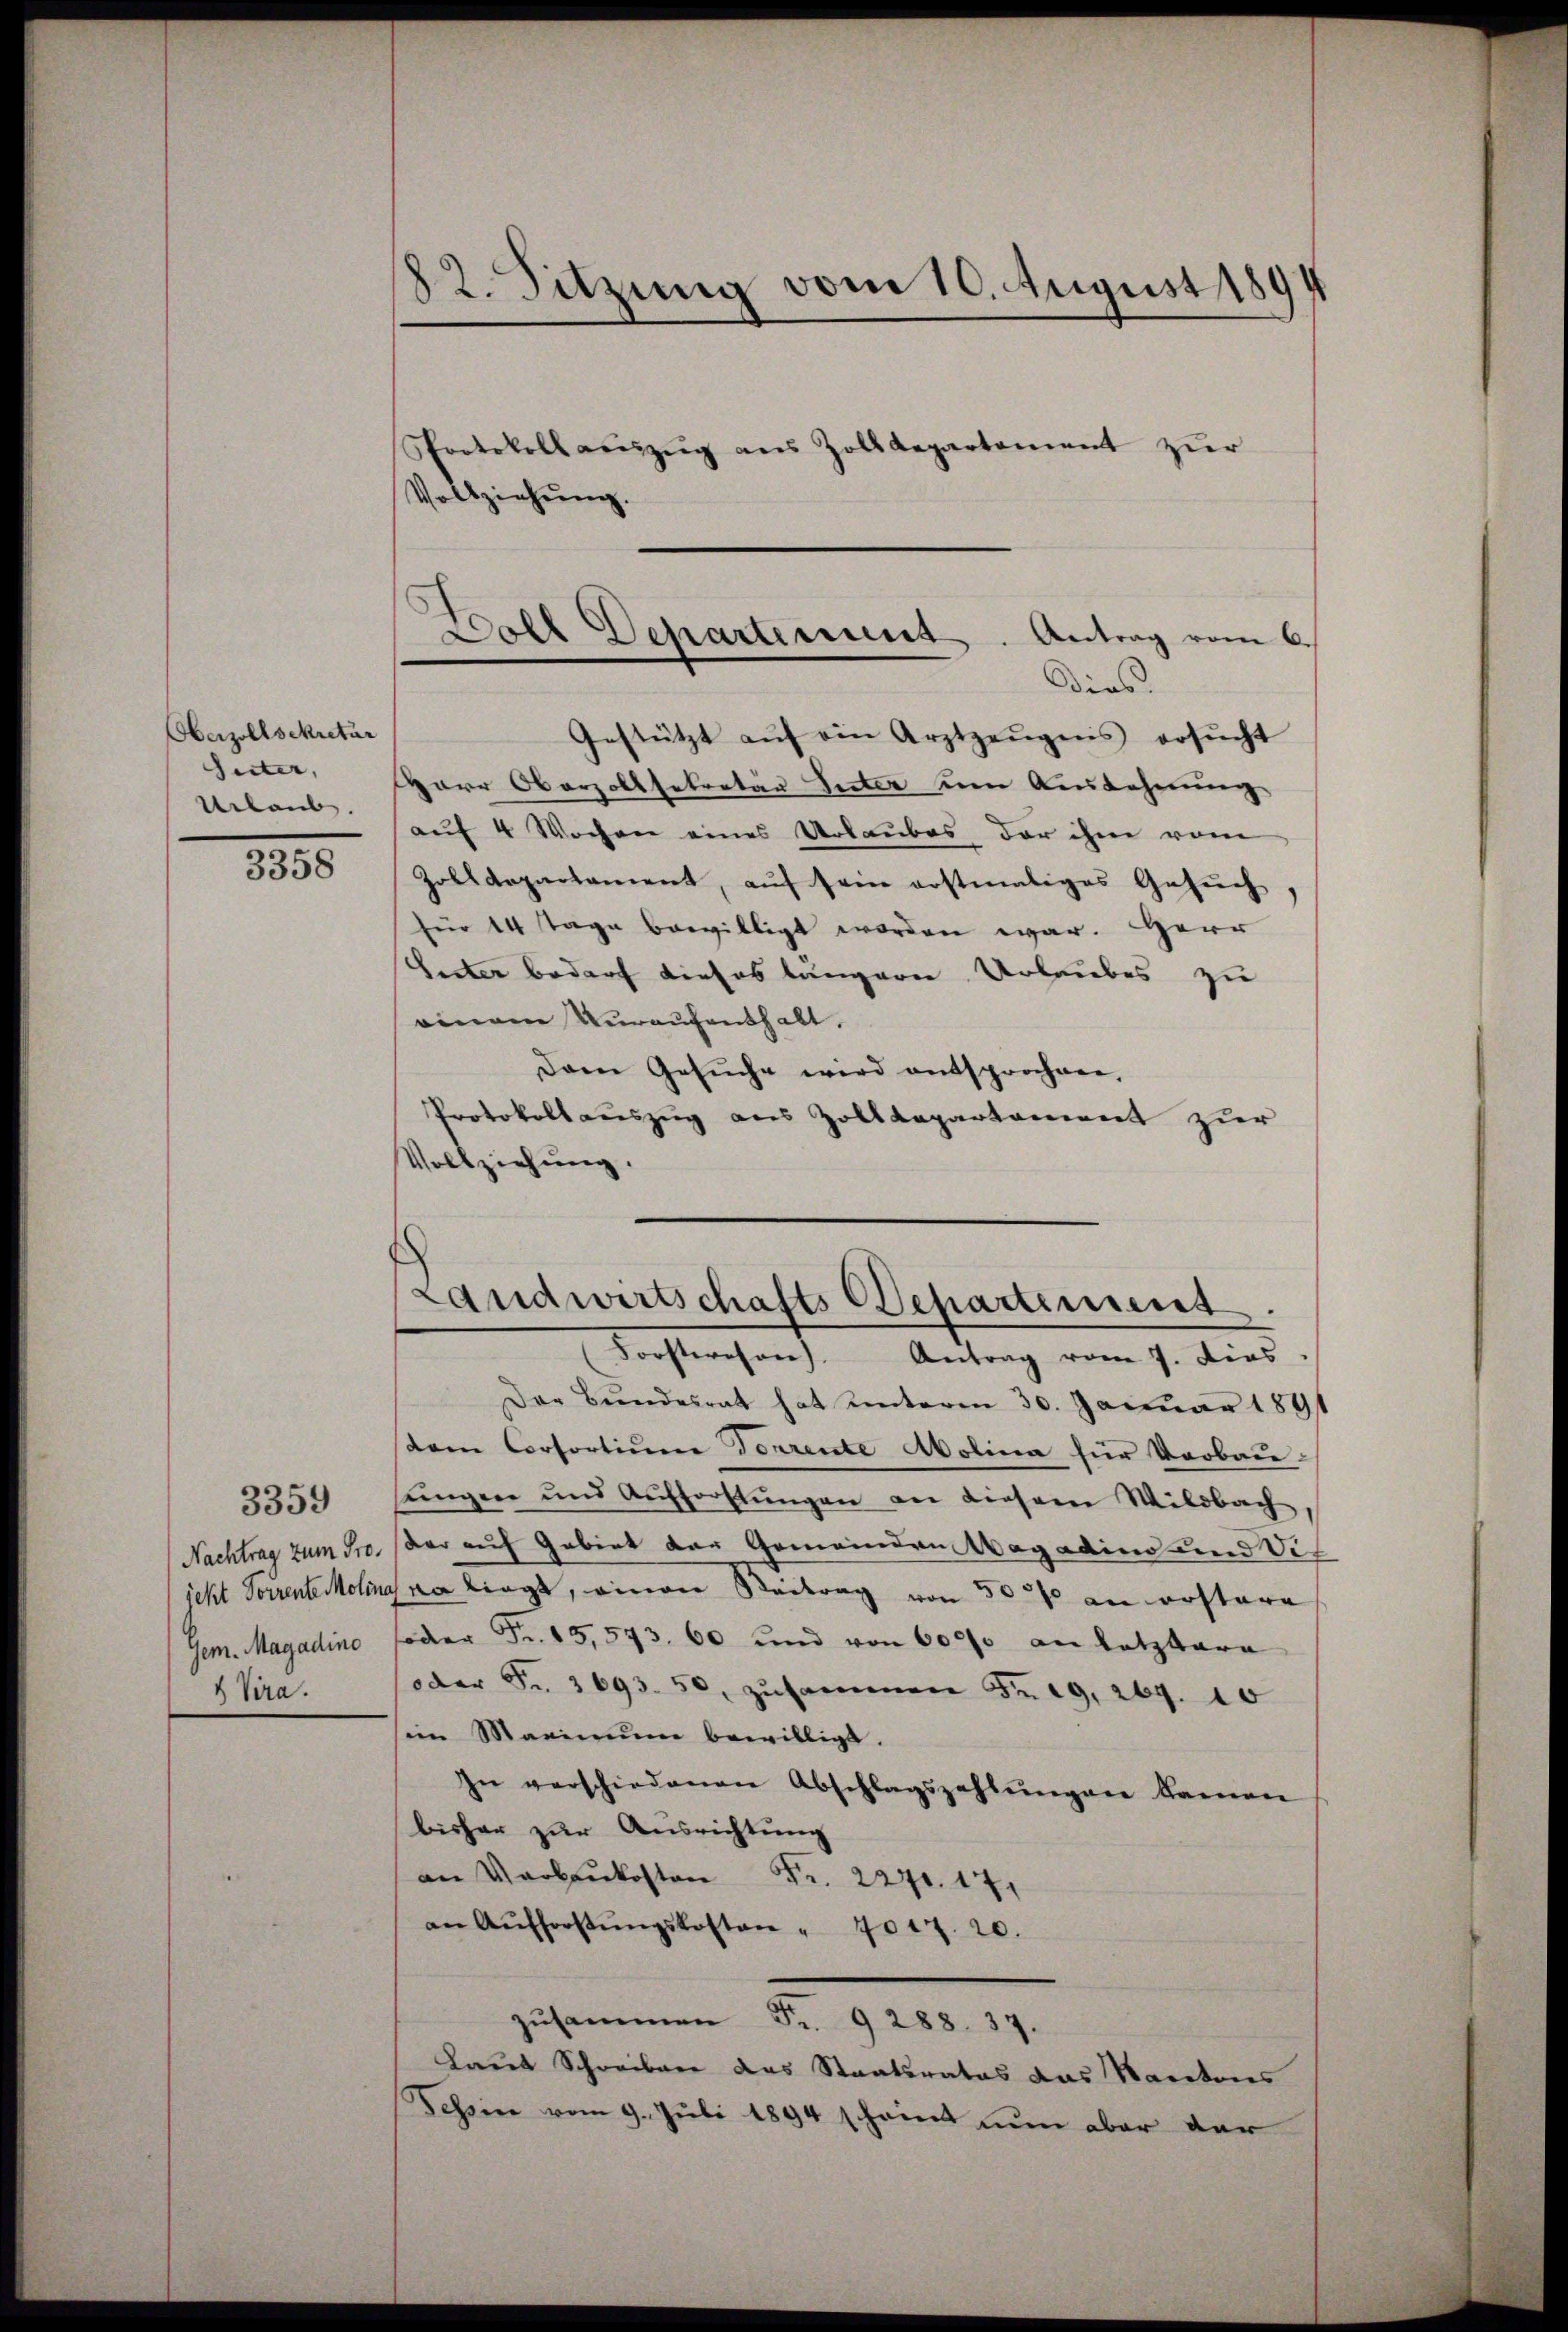
Oberzollsekretär
Güter,
Urlaub.
3358

& Vira.

3359

82. Sitzung vom 10. August 1894
Protokollauszug aus Zolldepartement zur

Gestützt aŭf ein Arztzeŭgnis ersŭcht
HHerr Oberzollsekretär Seiter um Ausdehnung
auf 4 Wochen eines Urlaubes der ihm vom
Zolldepartament, auf sein erstmaliges Gesuch
für 14 Tage bewilligt worden war. Herr
Veter bedarf dieses längern Urlaubes zu
einem Veraufenthalt.
Dem Gesŭche wird entsprochen,
Protokollauszug aus Zolldepartement zur
Vollziehung.

Woall Departement. Antrag vom 6.
Dies

Vollziehung.

Landwirtschafts Departement
Forsteresen). Antrag vom 7. Dies

Der Bundesrath hat unterm 30. Januar 1891
dem Corsortium Torrente Abolina für Verbau-
sungen und Aufforstŭngen an dieserer Wildbach
Nachtrag zum Pro. der auf Gebiet der Gemeinden Wagadin und die
jekt Forrente Molinas ne liegt, einen Beitrag von 5000 an erstare
Gem. Magadine Foder Fr. 15,573. 60 und von 60000 an Lotzbare
oder Fr. 2693. 50, zusammen Fr. 19, 269. 10
sein Maximum bewilligt.
In verschiedenen Abschlagszahlungen kamen
bisher zur Ausrichtung
an Verbaukosten . 227. 17,
an Aŭfforstŭngskosten " 7017. 20.
zusammen Fr. 9 288. 37.
Laut Schreiber das Staatsrates das Kantons
Schein vom 9. Juli 1894 scheint nun aber der